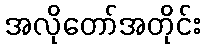
အလိုတော်အတိုင်း